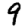
Digit: 9